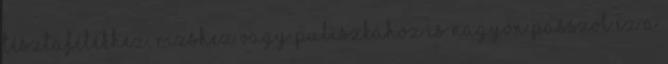
tésztafélékhez, rizshez vagy puliszkához is nagyon passzol ez a